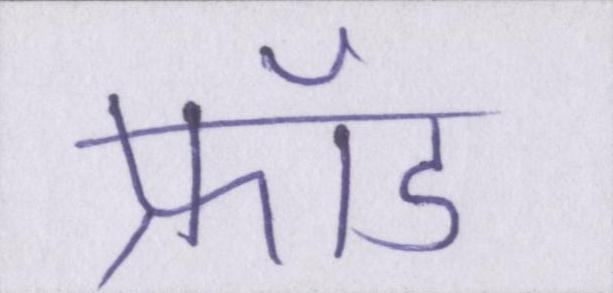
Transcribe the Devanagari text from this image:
फ्रॉड